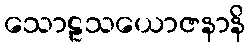
သောဠသယောဇနာနိ